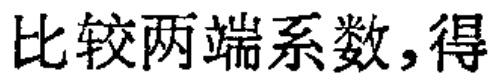
比较两端系数,得